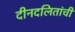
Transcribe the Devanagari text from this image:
दीनदलितांची